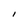
Character: I